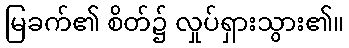
မြခက်၏ စိတ်၌ လှုပ်ရှားသွား၏။